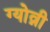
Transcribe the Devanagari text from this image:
ग्योव्नी